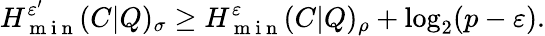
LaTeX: H_{\mathrm{~m~i~n~}}^{\varepsilon^{\prime}}(C|Q)_{\sigma}\geq H_{\mathrm{~m~i~n~}}^{\varepsilon}(C|Q)_{\rho}+\log_{2}(p-\varepsilon).